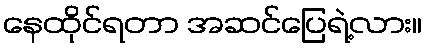
နေထိုင်ရတာ အဆင်ပြေရဲ့လား။